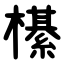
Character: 櫀